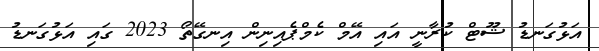
އަޅުގަނޑު ޝޫޓް ކުރާނީ އައި އޭމް ކެމްޕެއިނިން އިނގޭތޯ 2023 ގައި އަޅުގަނޑު